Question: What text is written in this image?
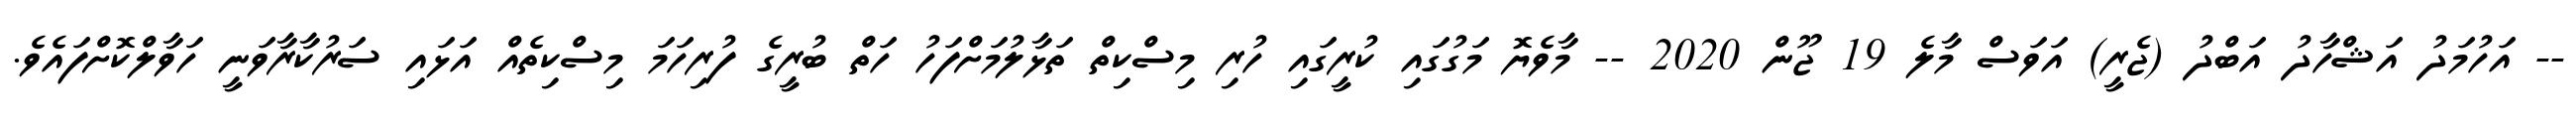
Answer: -- އަހުމަދު އަޝްހާދު އަބްދު (ޖެރީ) އަވަސް މާލެ 19 ޖޫން 2020 -- މާވެޔޮ މަގުގައި ކުރީގައި ހުރި މިސްކިތް ތަޅާލުމަށްފަހު ހަތް ބުރީގެ ފުރިހަމަ މިސްކިތެއް އަޅައި ސަރުކާރާވަނީ ހަވާލްކޮށްފައެވެ.